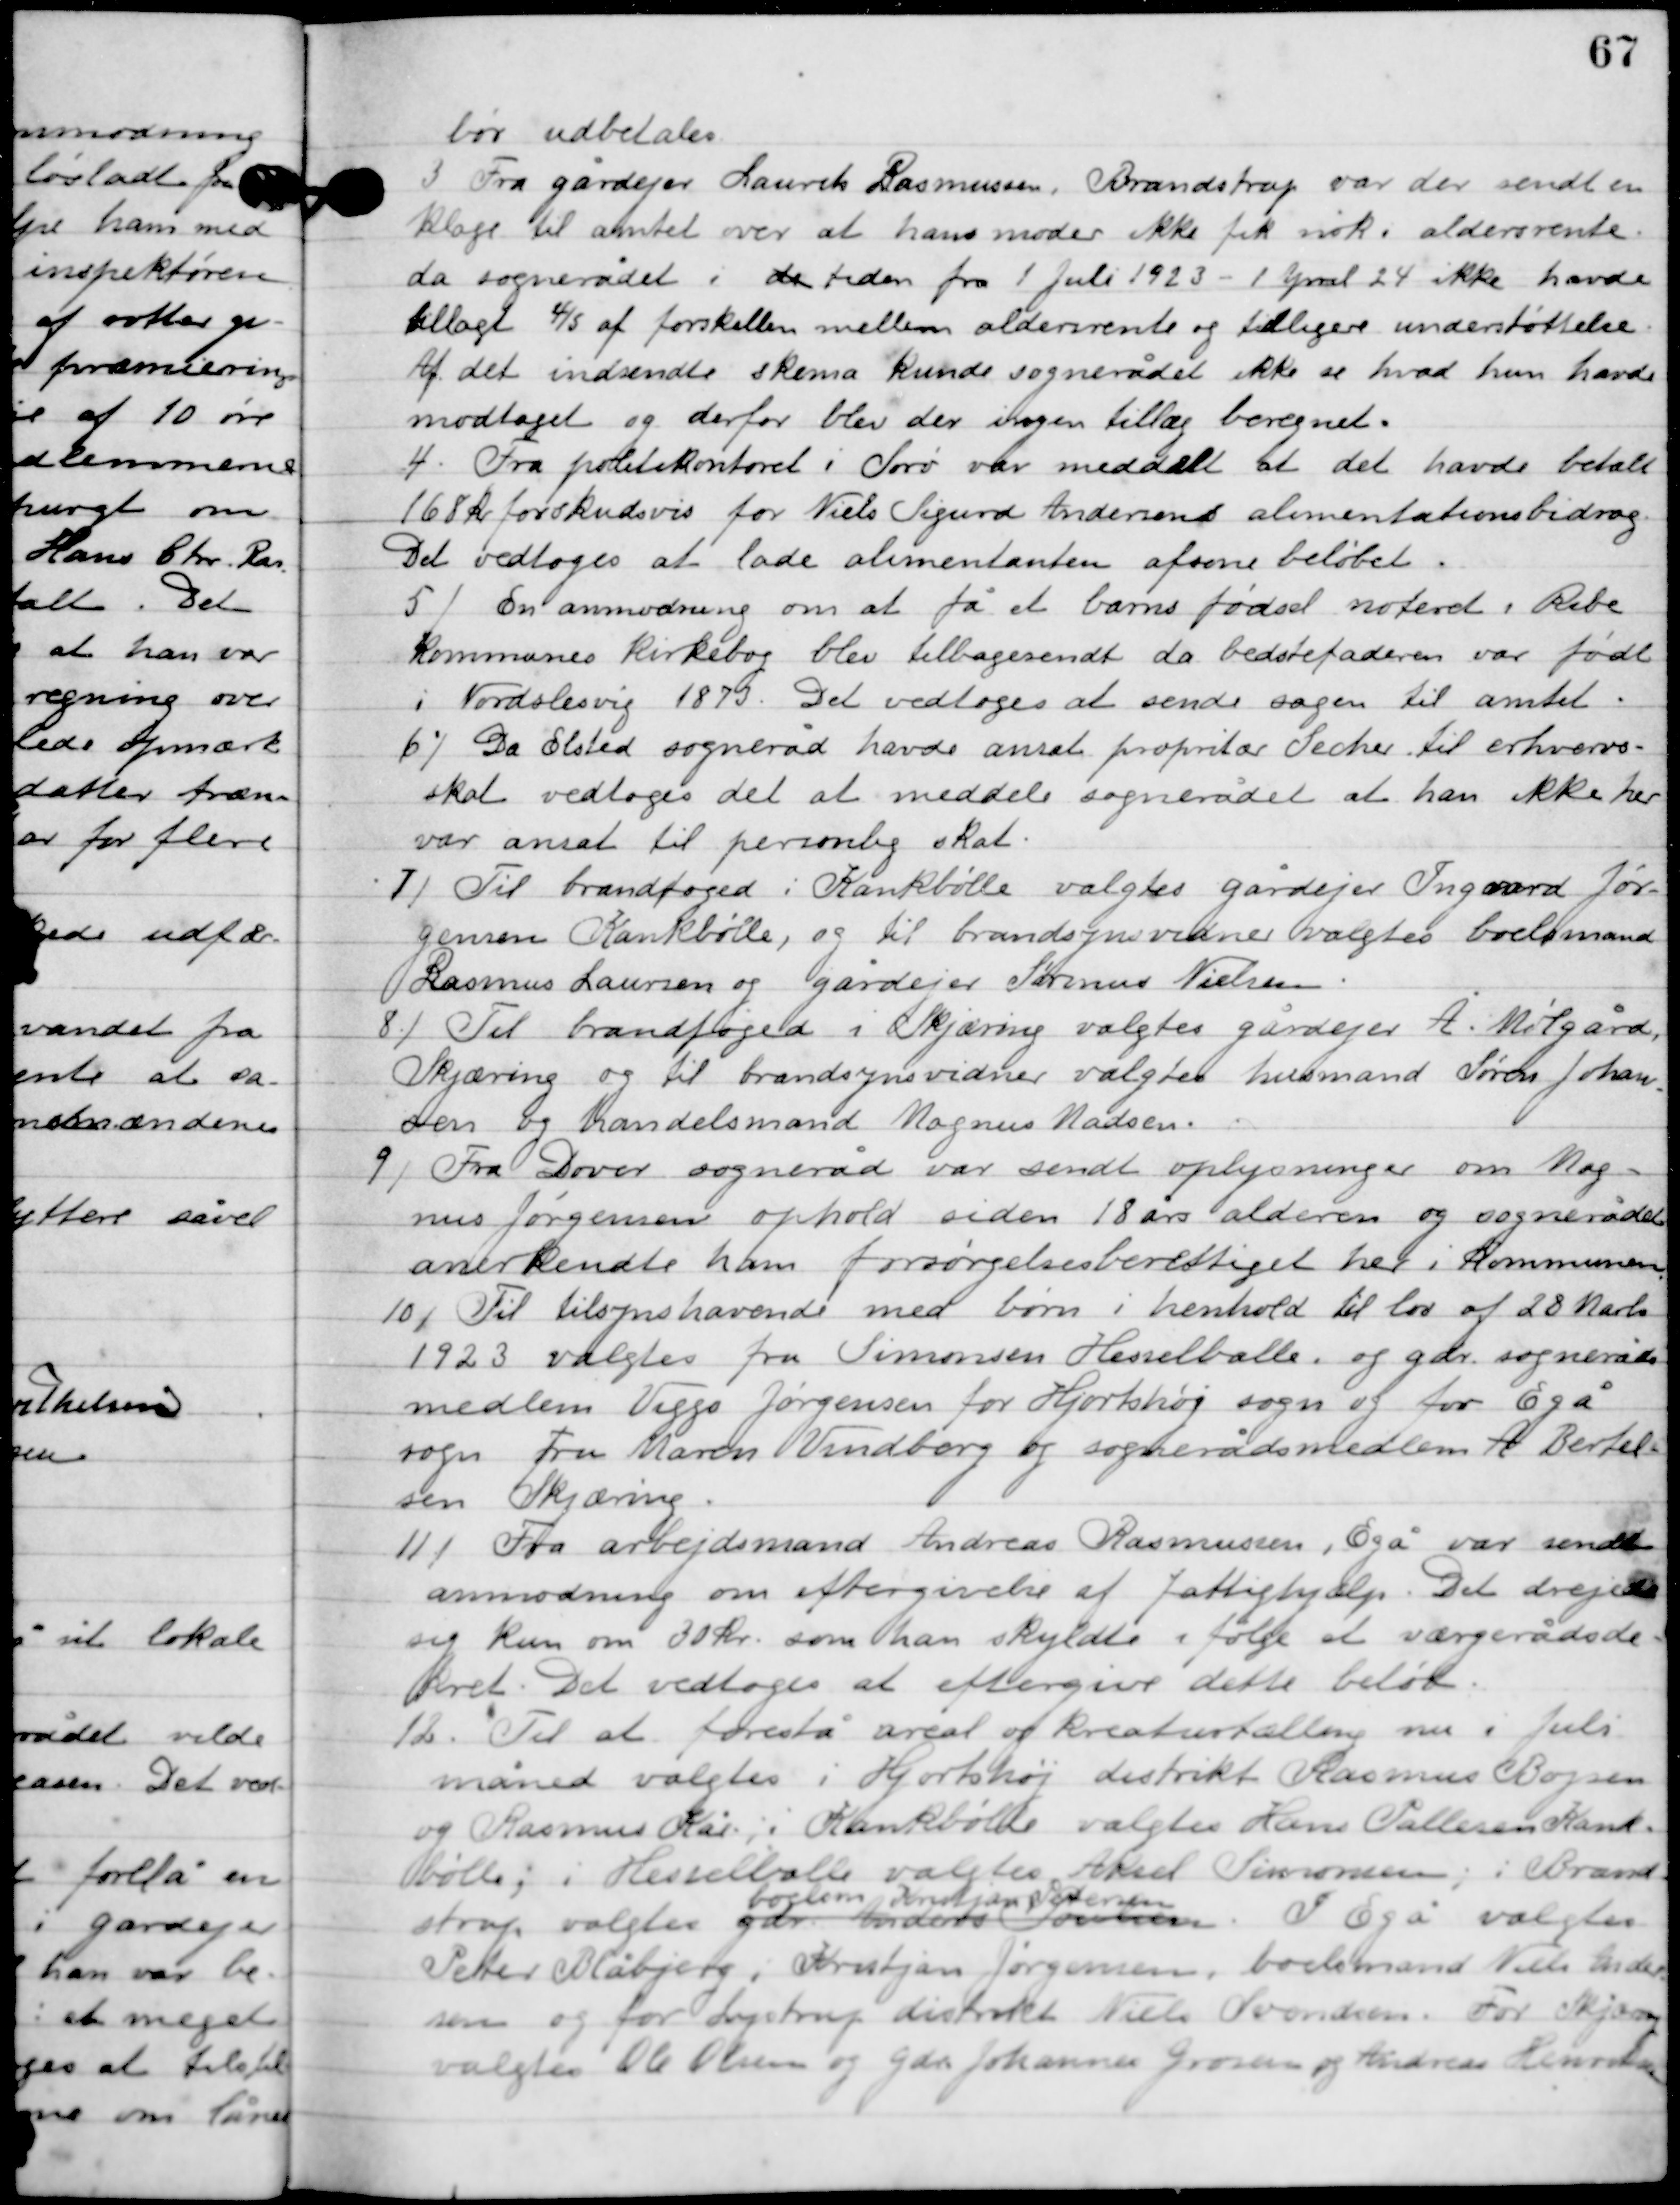
Transskription:
bør udbetales.

3

Fra gårdejer Laurits Rasmussen. Brandstrup var der sendt en
klage til amtet over at hans moder ikke fik nok i aldersrente,
da sognerådet i tiden fra 1. Juli 1923-1. April 24 ikke havde
tillagt 4/5 af forskellen mellem aldersrente og tidligere understøttelse.
Af det indsendte skema kunde sognerådet ikke se hvad hun havde
modtaget og derfor blev der ingen tillæg beregnet.

4

Fra politikontoret i Sorø var meddelt at det havde betalt
168 kr. forskudsvis for Niels Sigurd Andersen alimentationsbidrag.
Det vedtoges at lade almintanten afsone beløbet.

5

En anmodning om at få et barns fødsel noteret i Ribe
kommunes kirkebog blev tilbagesendt da bedstefaderen var født
i Nordslesvig 1870. Det vedtoges at sende sagen til amtet.

6

Da Elsted sogneråd havde ansat proprietær Secher til erhvervs-
skat vedtoges det at meddele sognerådet at han ikke her
var ansat til personlig skat.

7

Til brandfoged i Kankbølle valgtes gårdejer Ingvard Jør-
gensen Kankbølle, og til brandsynsvidner valgets boelsmand
Rasmus Laursen og gårdejer Søren Nielsen.

8

Til brandfoged i Skjæring valgtes gårdejer Å. Mitgård,
Skjæring og til brandsynsvidner valgtes husmand Søren Johan-
sen og handelsmand Magnus Madsen.

9

Fra Dover sogneråd var sendt oplysninger om Mag-
nus Jørgensen ophold siden 18 års alderen og sognerådet
anerkendte ham forsørgelsesberettiget her i kommunen.

10

Til tilsynshavende med børn i henhold til lov af 28 Marts
1923 vagtes fra Simonsen Hesselballe, og gdr. Sogneråds-
medlem Viggo Jørgensen for Hjortshøj sogn og for Egå
sogn fru Maren Vindborg og sognerådsmedlem A. Bertel-
sen Skjæring.

11

Fra arbejdsmand Andreas Rasmussen, Egå var sendt
anmodning om eftergivelse af fattighjælp. Det drejede
sig kun om 30 kr.  som han skyldte ifølge et værgerådsde-
kret. Det vedtoges at eftergive dette beløb.

12

Til at forestå areal og kreaturtælling nu i Juli 
måned valgtes i Hjortshøj distrikt Rasmus Bojsen 
og Rasmus Kås; i Kankbølle valgtes Hans Pallesen Krank-
bølle; i Hesselballe valgtes Aksel Simonsen; i Brand-
strup valgtes gdr Anders Sørensen
boelsm Kristjan Pedesen. 
I Egå valgtes 
Peter Blåbjerg; Kristjan Jørgensen, boelsmand Niels Peder-
sen og for Lystrup distrikt Niels Iversen. For Skjæring 
valgtes Ole Olsen og gdr. Johannes Grosen og Andreas Henriksen.